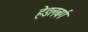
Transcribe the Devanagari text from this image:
हेडलबर्ग